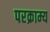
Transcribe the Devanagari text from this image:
परक्राम्‍य